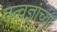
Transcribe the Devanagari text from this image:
तत्वज्ञांच्या